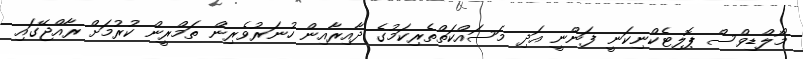
މޯލްޑިވްސް ޕޮލިޓެކްނިކަނީ ފަންނީ އަދި މަސައްކަތްތެރިކަމުގެ ދާއިރާއިން ހުނަރުވެރިން ތަމްރީން ކުރުމަށް ރާއްޖޭގައި